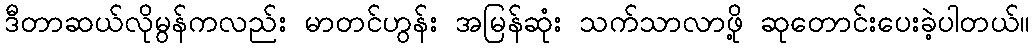
ဒီတာဆယ်လိုမွန်ကလည်း မာတင်ဟွန်း အမြန်ဆုံး သက်သာလာဖို့ ဆုတောင်းပေးခဲ့ပါတယ်။